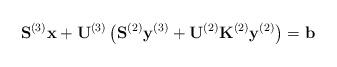
LaTeX: \begin{align*}\mathbf{S}^{(3)}\mathbf{x} + \mathbf{U}^{(3)} \left( \mathbf{S}^{(2)}\mathbf{y}^{(3)} + \mathbf{U}^{(2)} \mathbf{K}^{(2)}\mathbf{y}^{(2)} \right) &= \mathbf{b} \end{align*}